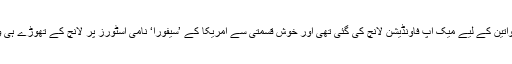
ابتداء میں فینٹی برانڈ نام کے تحت گہری جلد کی حامل خواتین کے لیے میک اپ فاؤنڈیشن لانچ کی گئی تھی اور خوش قسمتی سے امریکا کے ’سیفورا‘ نامی اسٹورز پر لانچ کے تھوڑے ہی وقت بعد ’سولڈ آؤٹ‘ کے بورڈز آویزاں کردیے گئےتھے۔